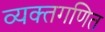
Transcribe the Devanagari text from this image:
व्यक्तगणित